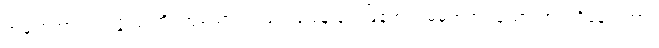
အမှာစကား၊ ဥပ္ပဇ္ဇဿတိ၊ ဟူသောပါဌ်ဖြင့် ယနေ့ နက်ဖြန်ဟူ၍ မမှတ်အပ်သောကာလရှိနေ ရကား